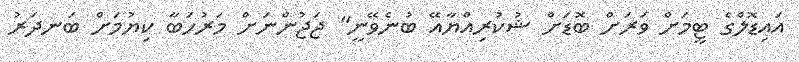
އައިޑޮލްގެ ޓީމަށް ވަރަށް ބޮޑަށް ޝުކުރިއްޔާއޭ ބުނެވޭނީ" ޖަޖުންނަށް މަރުހަބާ ކިޔުމަށް ބަނދަރު